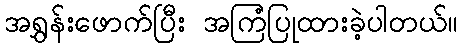
အရွှန်းဖောက်ပြီး အကြံပြုထားခဲ့ပါတယ်။